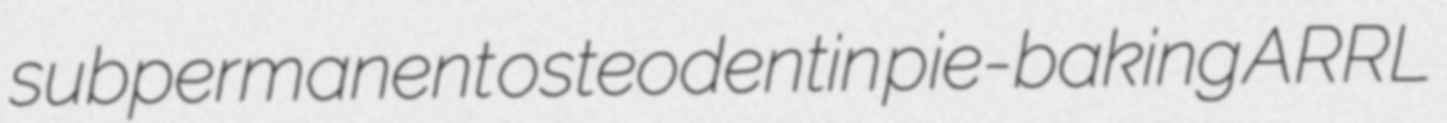
subpermanent osteodentin pie-baking ARRL